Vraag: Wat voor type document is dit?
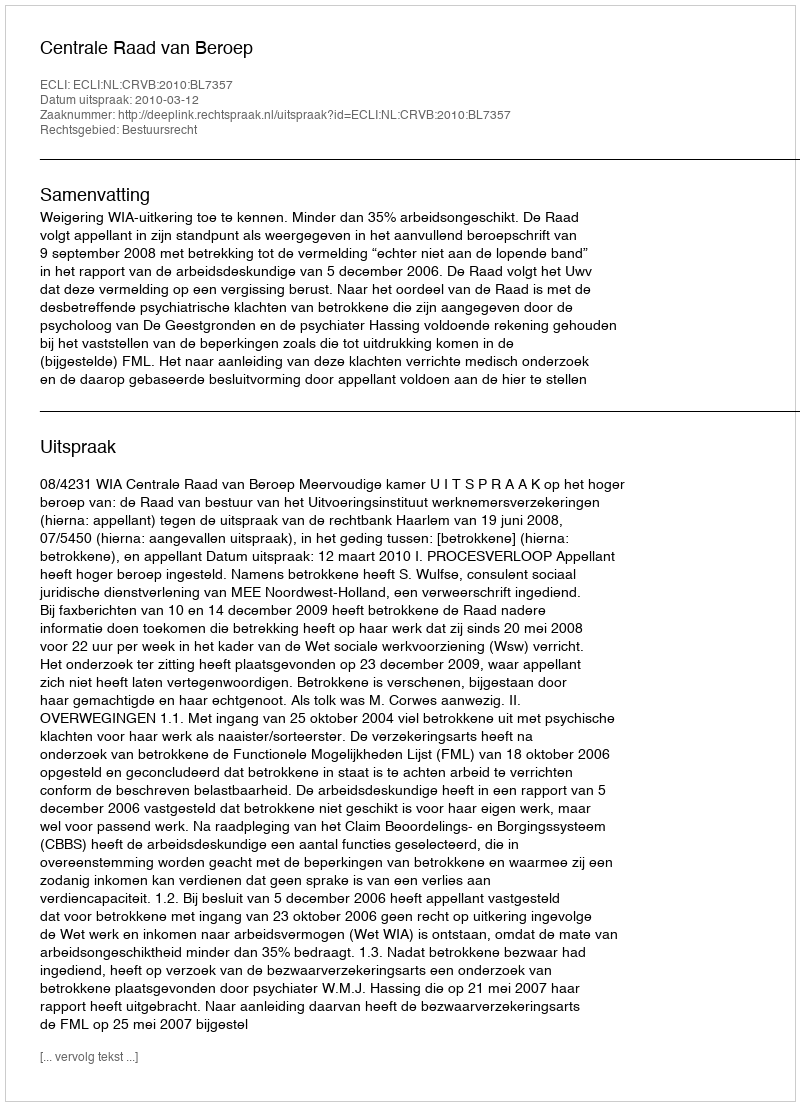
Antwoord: Uitspraak